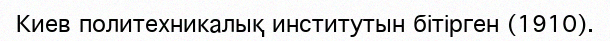
Киев политехникалық институтын бітірген (1910).